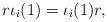
LaTeX: \begin{align*}r \iota_i(1) = \iota_i(1) r,\end{align*}